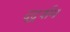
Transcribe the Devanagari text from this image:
दूर्द्शन